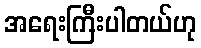
အရေးကြီးပါတယ်ဟု